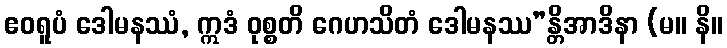
ဧဝရူပံ ဒေါမနဿံ, ဣဒံ ဝုစ္စတိ ဂေဟသိတံ ဒေါမနဿ”န္တိအာဒိနာ (မ။ နိ။